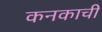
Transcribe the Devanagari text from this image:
कनकाची